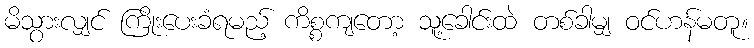
မိသွားလျှင် ကြိုးပေးခံရမည့် ကိစ္စကျတော့ သူ့ခေါင်းထဲ တစ်ခါမျှ ဝင်ဟန်မတူ။